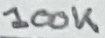
Text: 100K